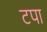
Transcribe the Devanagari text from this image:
टपा